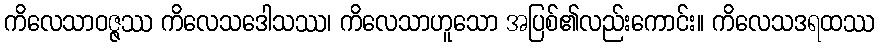
ကိလေသာဝဇ္ဇဿ ကိလေသဒေါသဿ၊ ကိလေသာဟူသော အပြစ်၏လည်းကောင်း။ ကိလေသဒရထဿ